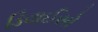
ડિવાઈસો